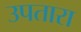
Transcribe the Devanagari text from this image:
उपतारा